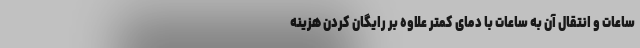
ساعات و انتقال آن به ساعات با دمای کمتر علاوه بر رایگان کردن هزینه